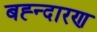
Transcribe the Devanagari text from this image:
बह्न्दारण